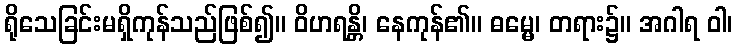
ရိုသေခြင်းမရှိကုန်သည်ဖြစ်၍။ ဝိဟရန္တိ၊ နေကုန်၏။ ဓမ္မေ၊ တရား၌။ အဂါရ ဝါ၊